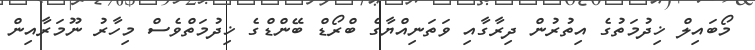
މޯބައިލް ޚިދުމަތުގެ އިތުރުން ދިރާގާއި ވަތަނިއްޔާގެ ބްރޯޑް ބޭންޑްގެ ޚިދުމަތްވެސް މިހާރު ނޫމަރާއިން